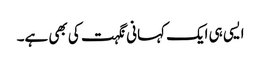
ایسی ہی ایک کہانی نگہت کی بھی ہے۔